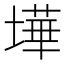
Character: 墷